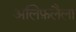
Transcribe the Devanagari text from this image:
अलिफ़लैला